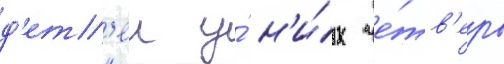
д'ет'еи у́ н'и́х че́тв'еро